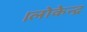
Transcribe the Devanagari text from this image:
।लोकेन्द्र